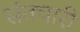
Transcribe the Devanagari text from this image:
संतचारी